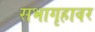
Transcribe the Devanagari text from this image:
सभागृहावर